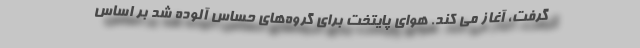
گرفت، آغاز می کند. هوای پایتخت برای گروه‌های حساس آلوده شد بر اساس